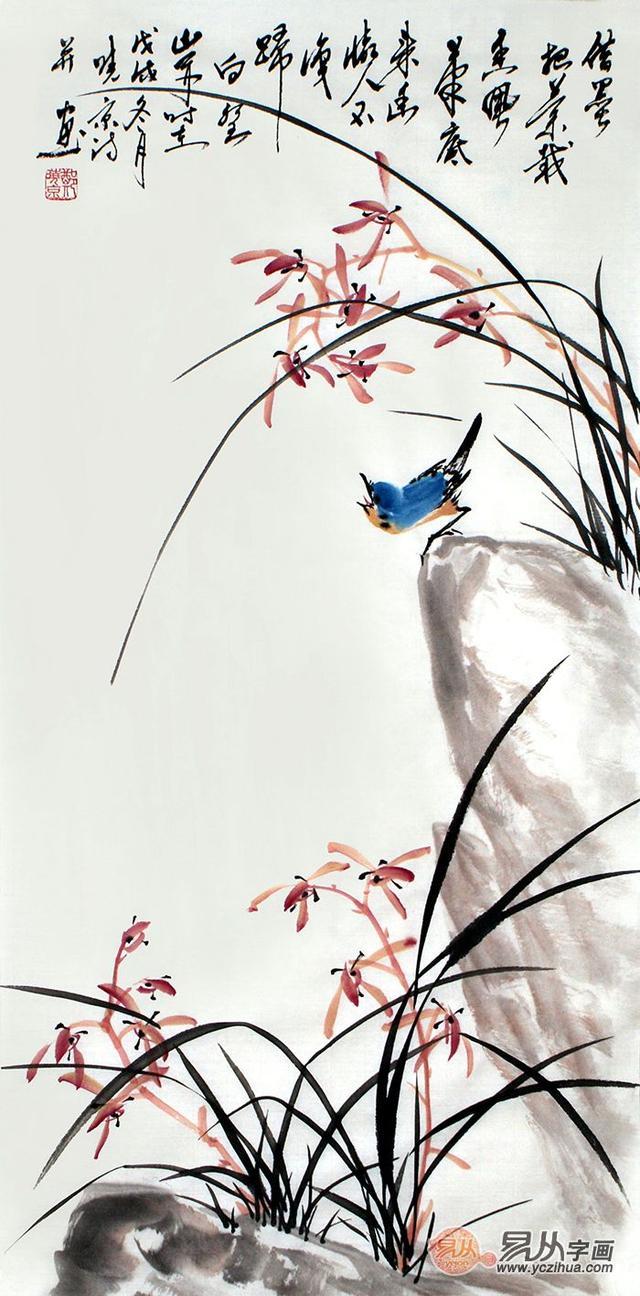
古之君子，过则改之。